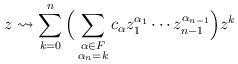
LaTeX: \begin{align*}z \rightsquigarrow \sum_{k=0}^{n}\Big( \sum_{\substack {\alpha \in F \\ \alpha_{n}=k}} c_{\alpha} z_{1}^{\alpha_{1}} \cdots z_{n-1}^{\alpha_{n-1}} \Big) z^{k}\end{align*}